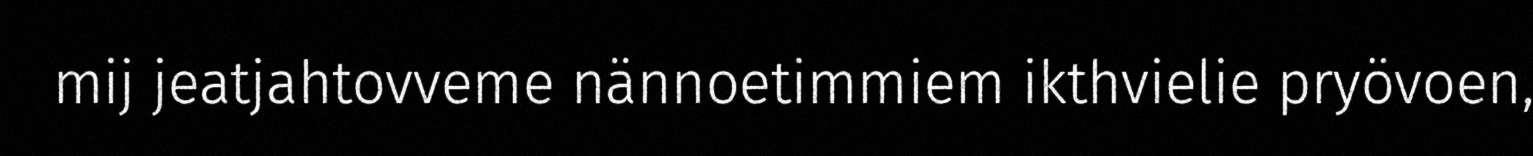
mij jeatjahtovveme nännoetimmiem ikthvielie pryövoen,